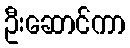
ဦးဆောင်ကာ